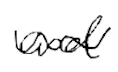
Text: and
Cross-out: wave
Writing tool: digital_black